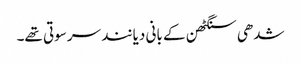
شدھی سنگٹھن کے بانی دیانند سرسوتی تھے۔